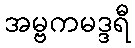
အမ္ဗကမဒ္ဒရီ